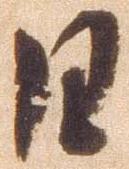
日